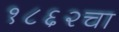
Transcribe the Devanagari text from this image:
१८६२चा